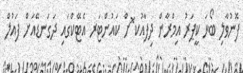
ފޮނުވާލި ބޯޅަ ކީޕަރު އިމްރާން ދިފާއުކ ޮށް ކައުންޓަރ އެޓޭކްގައި ދަގަނޑޭއަށް ފައުލް